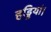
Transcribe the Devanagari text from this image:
हड्डियां।